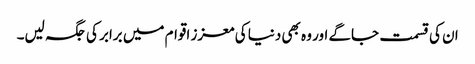
ان کی قسمت جاگے اور وہ بھی دنیا کی معزز اقوام میں برابر کی جگہ لیں۔